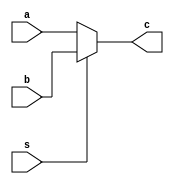
`timescale 1ns / 1ps
//////////////////////////////////////////////////////////////////////////////////
// Company: 
// Engineer: 
// 
// Design Name: 
// Module Name: mux
// Project Name: 
// Target Devices: 
// Tool Versions: 
// Description: 
// 
// Dependencies: 
// 
// Revision:
// Revision 0.01 - File Created
// Additional Comments:
// 
//////////////////////////////////////////////////////////////////////////////////

module mux(a,b,s,c);
 input [31:0] a,b;
 input s;
 output [31:0] c;
  assign c = (~s) ? a : b;
endmodule